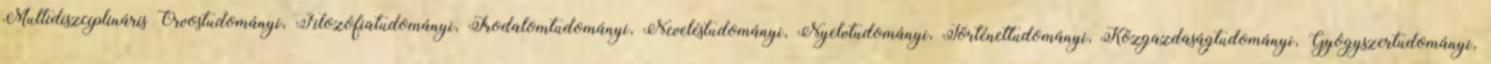
Multidiszciplináris Orvostudományi, Filozófiatudományi, Irodalomtudományi, Neveléstudományi, Nyelvtudományi, Történettudományi, Közgazdaságtudományi, Gyógyszertudományi,